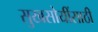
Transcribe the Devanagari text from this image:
सुखसोयींसाठी